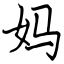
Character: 妈